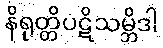
နိရုတ္တိပဋိသမ္ဘိဒါ